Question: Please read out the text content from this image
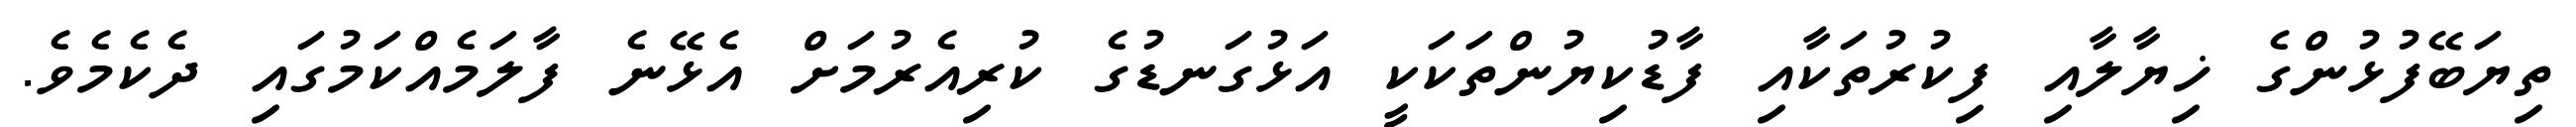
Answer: ތިޔަބޭފުޅުންގެ ޚިޔާލާއި ފިކުރުތަކާއި ފާޑުކިޔުންތަކަކީ އަޅުގަނޑުގެ ކުރިއެރުމަށް އެޅޭނެ ފާލަމެއްކަމުގައި ދެކެމެވެ.